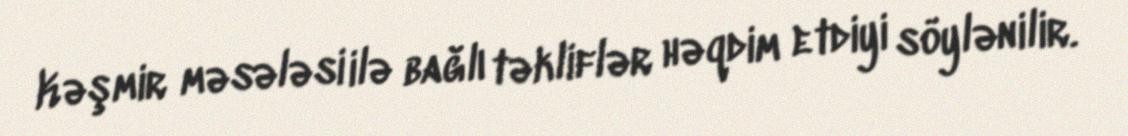
Kəşmir məsələsi ilə bağlı təkliflər həqdim etdiyi söylənilir.